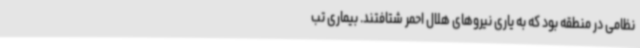
نظامی در منطقه بود که به یاری نیروهای هلال احمر شتافتند. بیماری تب